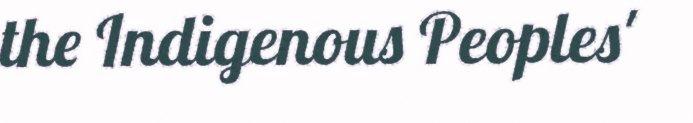
the Indigenous Peoples'